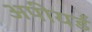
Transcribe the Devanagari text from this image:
अपीयर्ड